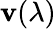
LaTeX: \mathbf{v}(\lambda)